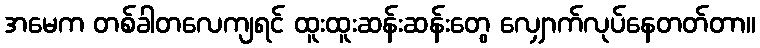
အမေက တစ်ခါတလေကျရင် ထူးထူးဆန်းဆန်းတွေ လျှောက်လုပ်နေတတ်တာ။